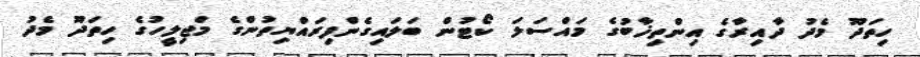
ހިތަދޫ މެދު ދާއިރާގެ އިންތިޚާބުގެ މައްސަލަ ކޯޓުން ބަލައިގެންފިރައްޔިތުންގެ މަޖިލީހުގެ ހިތަދޫ މެދު